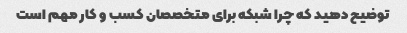
توضیح دهید که چرا شبکه برای متخصصان کسب و کار مهم است